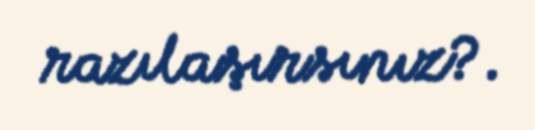
razılaşırsınız?.